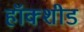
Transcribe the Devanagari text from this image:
हॉक्शीड